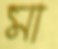
মা